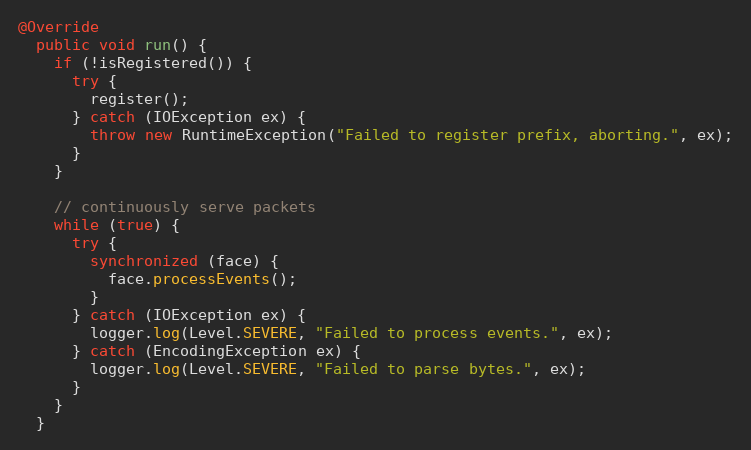
Language: Java
@Override
  public void run() {
    if (!isRegistered()) {
      try {
        register();
      } catch (IOException ex) {
        throw new RuntimeException("Failed to register prefix, aborting.", ex);
      }
    }

    // continuously serve packets
    while (true) {
      try {
        synchronized (face) {
          face.processEvents();
        }
      } catch (IOException ex) {
        logger.log(Level.SEVERE, "Failed to process events.", ex);
      } catch (EncodingException ex) {
        logger.log(Level.SEVERE, "Failed to parse bytes.", ex);
      }
    }
  }